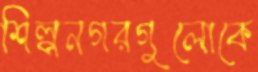
শিল্পনগরগুলোকে